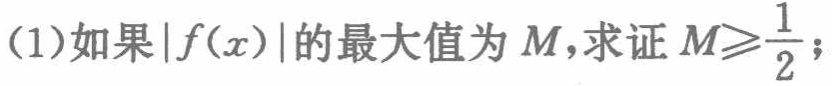
(1)如果\(\vert f(x)\vert\)的最大值为\(M\)，求证\(M\geqslant\frac{1}{2}\)；